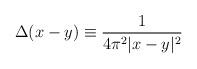
LaTeX: \begin{align*}\Delta(x-y) \equiv {1 \over 4 \pi^2 |x-y|^2}\end{align*}